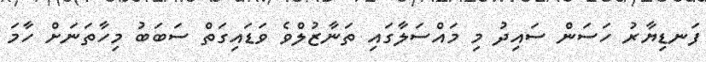
ފަނޑިޔާރު ހަސަން ސައިދު މި މައްސަލާގައި ތަނާޒުލްވެ ވަޑައިގަތް ސަބަބު މިހާތަނަށް ހާމަ